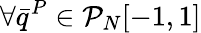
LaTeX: \forall\bar{q}^{P}\in\mathcal{P}_{N}[-1,1]